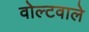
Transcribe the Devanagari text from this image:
वोल्टवाले